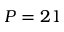
P = 2 1